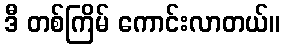
ဒီ တစ်ကြိမ် ကောင်းလာတယ်။